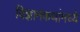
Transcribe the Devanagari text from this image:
विज्ञानकथांमध्ये